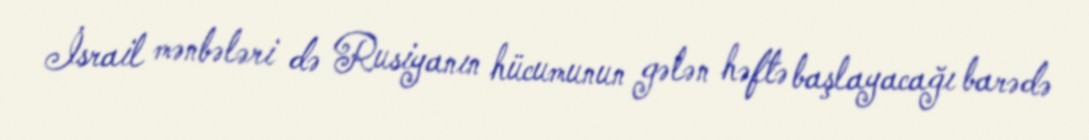
İsrail mənbələri də Rusiyanın hücumunun gələn həftə başlayacağı barədə